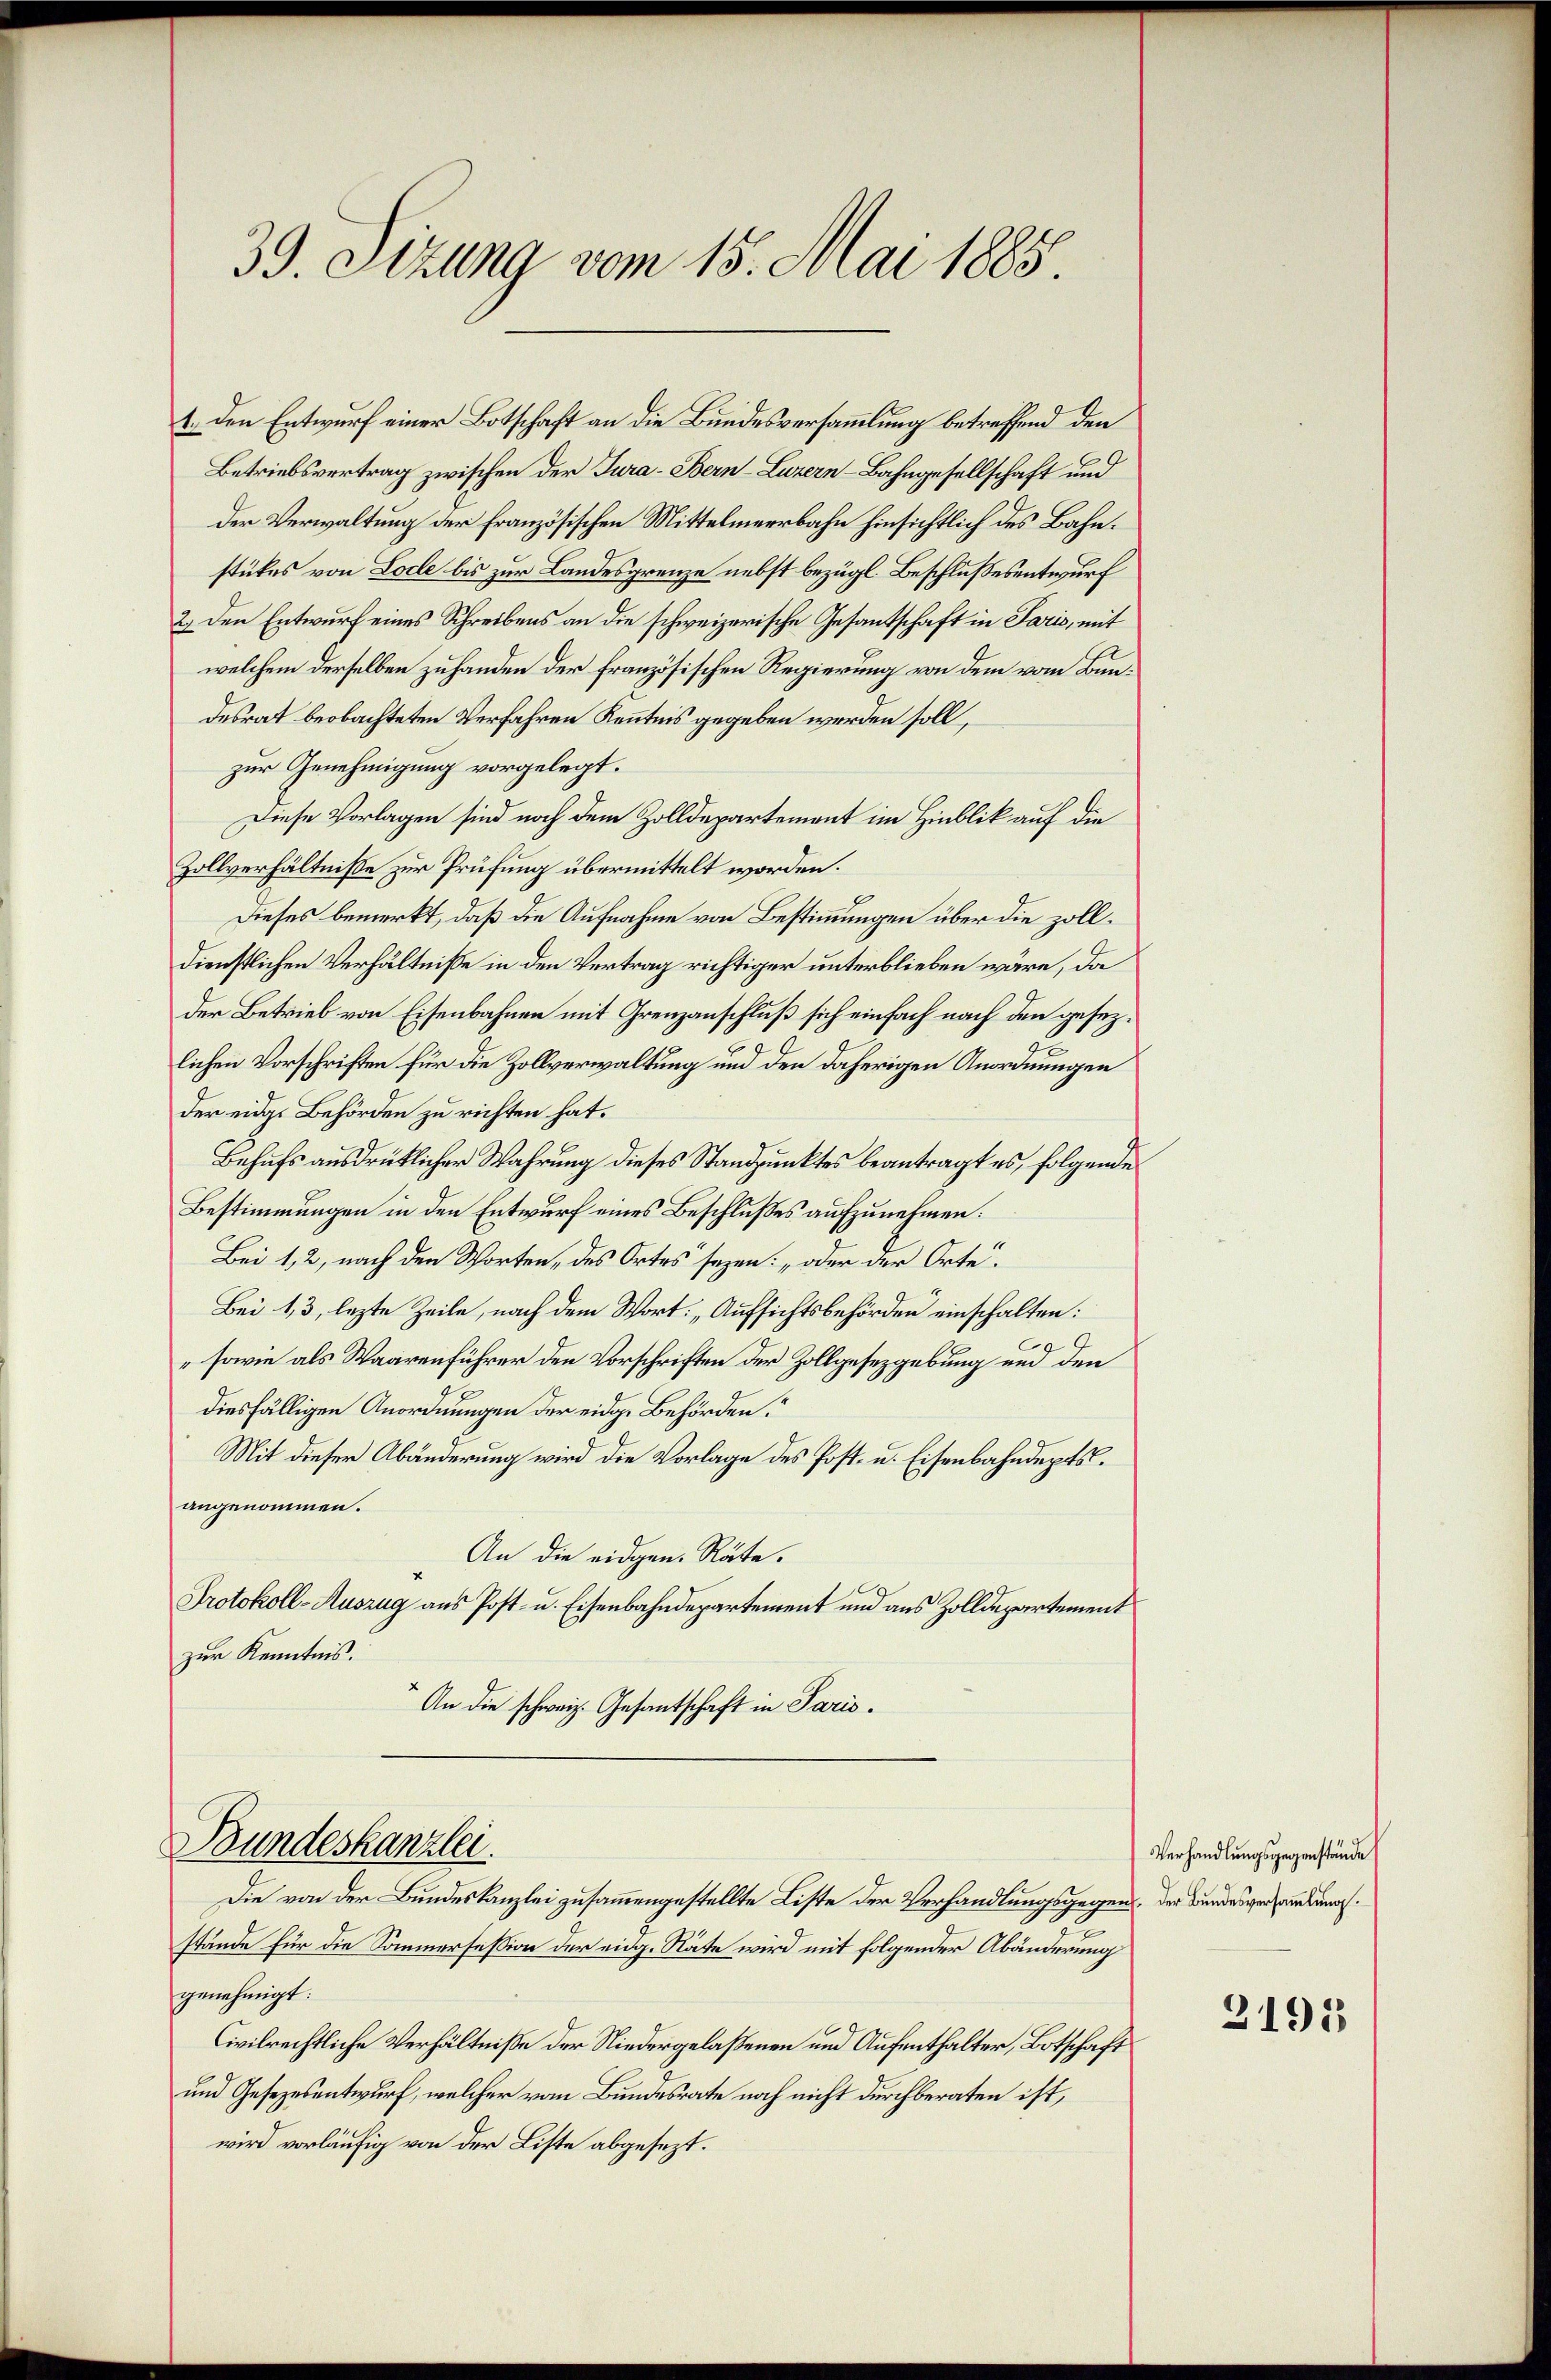
39. Sizung vom 15. Mai 1885.

1. Den Entwurf einer Botschaft an die Bundesversammlung betreffend den
Betriebsvertrag zwischen der Jura - Bern–Luzern-Bahngesellschaft und
der Verwaltung der französischen Mittelmeerbahn hinsichtlich des Bahnstükes von Loche bis zur Landesgrenze nebst bezügl. Beschlußesentwurf
2.) Den Entwurf eines Schreibens an die schweizerische Gesantschaft in Paris, mit
welchem derselben zuhanden der französischen Regierung von dem vom Bundesrat beobachteten Verfahren Kenntnis gegeben werden soll,
zur Genehmigung vorgelegt.
Diese Vorlagen sind noch dem Zolldepartemont im Hinblik auf die
Zollverhältnisse zur Prüfung übermittelt worden.
Dieses bemerkt, daß die Aufnahme von Bestimmungen über die zolldienstlichen Verhältniße in den Vertrag richtiger unterblieben wäre, da
der Betrieb von Eisenbahnen mit Grenzanschluß sich einfach nach den gesezlichen Vorschriften für die Zollverwaltung und den daherigen Anordnungen
der eidge Behörden zu richten hat.
Behufs ausdrücklicher Wahrung dieses Standpunktes beantragt es, folgende
Bestimmungen in den Entwurf eines Beschlußes aufzunehmen:
Bei 1, 2, nach den Worten, des Ortes seyen: „oder der Orte.
Bei 13, lezte Zeile, nach dem Wort: „Aufsichtsbehörden einschalten:
sowie als Waarenführer den Vorschriften der Zollgesetzgebung und den
diesfälligen Anordnungen der eidge Behörden.
Mit dieser Abänderung wird die Vorlage des Post- u. Eisenbahndepts.
angenommen.
An die eidgen. Räte.
Protokoll-Auszug aus Post- u. Eisenbahndepartement und aus Zolldepartement
zur Kenntnis.
An die schweiz. Gesantschaft in Paris.

Bundeskanzlei.

Die von der Bundeskanzlei zusammengestellte Liste der Verhandlungsgegen, der Bundesverhandlung.
stände für die Sommersession der eidg. Räte wird mit folgender Abänderung
genehmigt:
Civilrechtliche Verhältnisse der Niedergelaßenen und Aufenthalter, Botschaft
und Gesezesentwurf, welcher vom Bundesrate noch nicht durchberaten ist,
wird vorläufig von der Liste abgesezt.

Verhandlungsgegenstände

3191